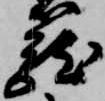
籠